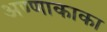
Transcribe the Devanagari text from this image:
अण्णाकाका